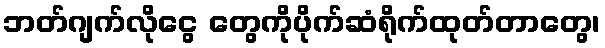
ဘတ်ဂျက်လိုငွေ တွေကိုပိုက်ဆံရိုက်ထုတ်တာတွေ၊